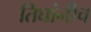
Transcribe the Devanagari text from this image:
तिघांनीच